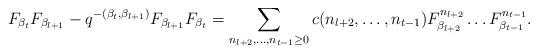
LaTeX: \begin{align*}F_{\beta_{t}}F_{\beta_{l+1}}-q^{-(\beta_t,\beta_{l+1})}F_{\beta_{l+1}}F_{\beta_{t}}=\sum_{n_{l+2},\ldots,n_{t-1}\geq 0}c(n_{l+2},\ldots,n_{t-1})F_{\beta_{l+2}}^{n_{l+2}}\ldots F_{\beta_{t-1}}^{n_{t-1}}.\end{align*}